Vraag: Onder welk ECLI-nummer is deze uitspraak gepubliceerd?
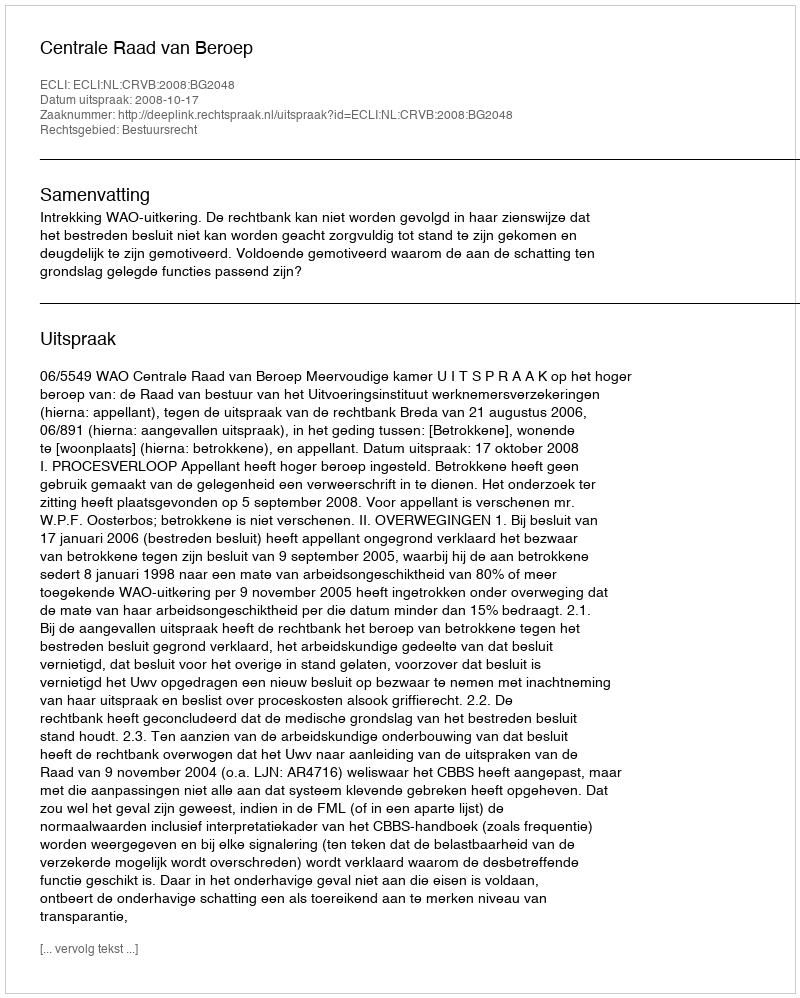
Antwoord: ECLI:NL:CRVB:2008:BG2048